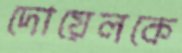
দোয়েলকে